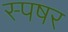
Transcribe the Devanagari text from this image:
स्पषर